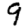
Digit: 9